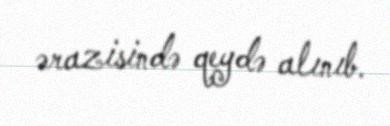
ərazisində qeydə alınıb.